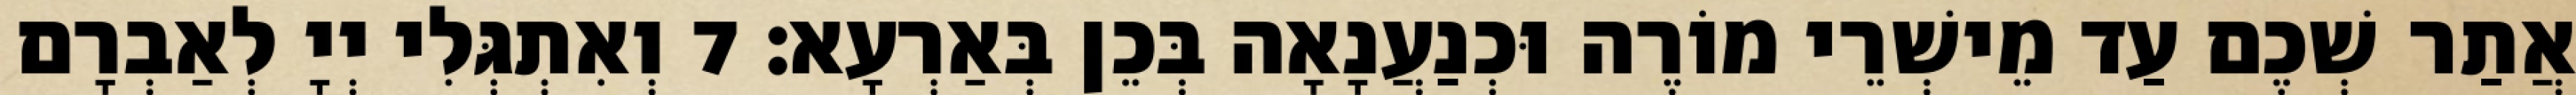
אֲתַר שְׁכֶם עַד מֵישְׁרֵי מוֹרֶה וּכְנַעֲנָאָה בְּכֵן בְּאַרְעָא׃ 7 וְאִתְגְּלִי יְיָ לְאַבְרָם